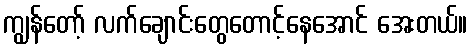
ကျွန်တော့် လက်ချောင်းတွေတောင့်နေအောင် အေးတယ်။